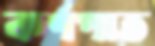
কর্ণপাত